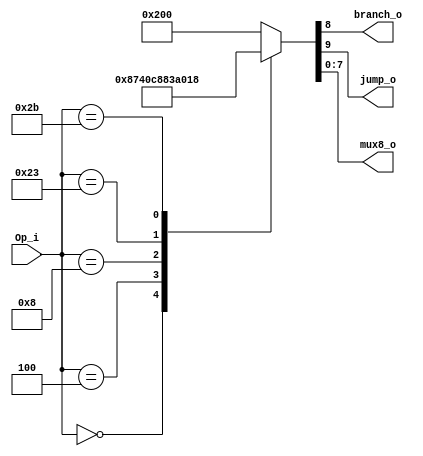
module Control
(
   Op_i,
	 branch_o,
	 jump_o,
	 mux8_o
);

// Ports
   input [5:0]   Op_i;
   output        jump_o;
	 output        branch_o;
	 output[7:0]   mux8_o;

	 reg [9:0]     out;
	 assign jump_o = out[9];
	 assign branch_o = out[8];
	 assign mux8_o = out[7:0];
	 //[9]      [8]
	 //jump     branch_o
	 //[7]      [6]      [5]     [4]     
	 //RegWrite MemtoReg MemRead MemWrite
   //[3]    [2]   [1]   [0]
	 //ALUSrc ALUOp[1:0]  RegDst
	 always @(*) begin
       case(Op_i)
		     6'b000000: out = 10'b0010000111; // r-type
				 6'b000100: out = 10'b0100000011; // beq
				 6'b001000: out = 10'b0010001000; // addi
				 6'b100011: out = 10'b0011101000; // lw
				 6'b101011: out = 10'b0000011000; // sw
				 default:   out = 10'b1000000000; // jump
			 endcase
	 end
	 /* 
   output        RegDst_o;
   output        ALUSrc_o;
   output        RegWrite_o;
   output [2:0]  ALUOp_o;

   reg [5:0] 	 out;
   
   assign RegDst_o = out[5];
   assign ALUSrc_o = out[4];
   assign RegWrite_o = out[3];
   assign ALUOp_o = out[2:0];
   
   
   always @(*)begin
      case(Op_i)
	6'b000000: // r-type
	  out = 6'b101100;
	6'b001000: //addi
	  out = 6'b011010;		   
      endcase
   end
  */
   
endmodule